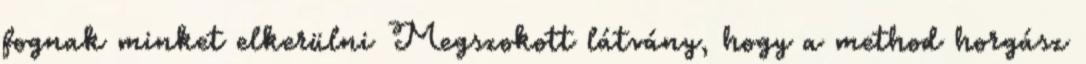
fognak minket elkerülni Megszokott látvány, hogy a method horgász